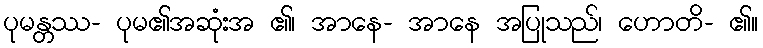
ပုမန္တဿ- ပုမ၏အဆုံးအ ၏၊ အာနေ- အာနေ အပြုသည်၊ ဟောတိ- ၏။